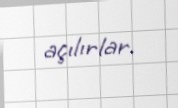
açılırlar.